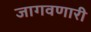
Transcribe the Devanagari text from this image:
जागवणारी